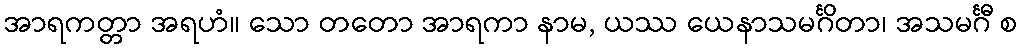
အာရကတ္တာ အရဟံ။ သော တတော အာရကာ နာမ, ယဿ ယေနာသမင်္ဂိတာ၊ အသမင်္ဂီ စ